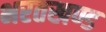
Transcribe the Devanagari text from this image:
भरतखण्ड